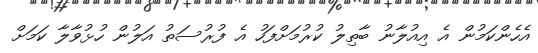
އެހެންކަމުން އެ އިއުލާނު ބާތިލު ކުރުމަށްފަހު އެ ފުރުސަތު އަލުން ހުޅުވާލާ ކަމަށް